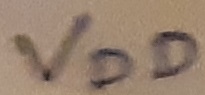
Text: VDD